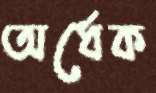
অর্ধেক